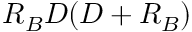
R _ { B } D ( D + R _ { B } )